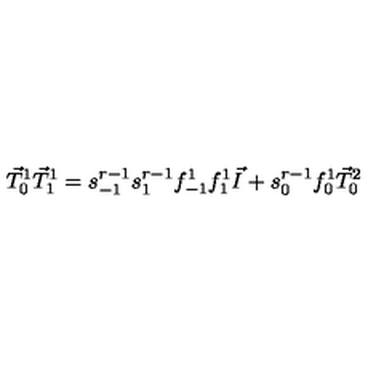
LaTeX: \vec { T } _ { 0 } ^ { 1 } \vec { T } _ { 1 } ^ { 1 } = s _ { - 1 } ^ { r - 1 } s _ { 1 } ^ { r - 1 } f _ { - 1 } ^ { 1 } f _ { 1 } ^ { 1 } \vec { I } + s _ { 0 } ^ { r - 1 } f _ { 0 } ^ { 1 } \vec { T } _ { 0 } ^ { 2 }